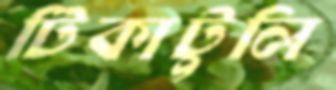
টিকাটুলি